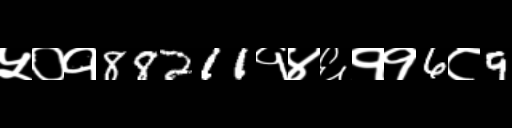
Text: ५०१88211१४६११6८9